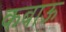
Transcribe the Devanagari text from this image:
कबाऊ